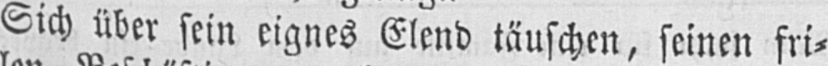
Sich über sein eignes Elend täuschen, seinen fri⸗